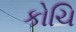
કોચિ